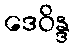
ဒေဝိန္ဒ